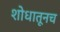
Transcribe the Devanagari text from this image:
शोधातूनच